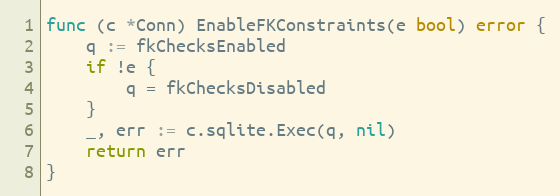
Language: Go
func (c *Conn) EnableFKConstraints(e bool) error {
	q := fkChecksEnabled
	if !e {
		q = fkChecksDisabled
	}
	_, err := c.sqlite.Exec(q, nil)
	return err
}